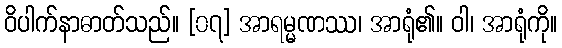
ဝိပါက်နာဓာတ်သည်။ [၀၇] အာရမ္မဏဿ၊ အာရုံ၏။ ဝါ၊ အာရုံကို။